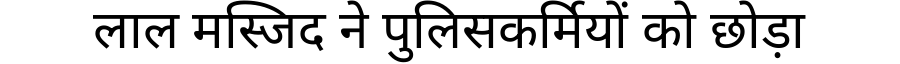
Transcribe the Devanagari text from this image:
लाल मस्जिद ने पुलिसकर्मियों को छोड़ा